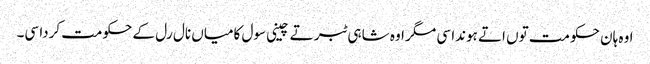
اوہ ہان حکومت توں اتے ہوندا سی مگر اوہ شاہی ٹبر تے چینی سول کامیاں نال رل کے حکومت کردا سی۔